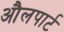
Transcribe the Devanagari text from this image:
औलपार्ट